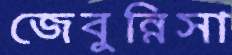
জেবুন্নিসা